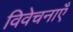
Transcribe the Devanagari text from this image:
विवेचनाएँ